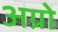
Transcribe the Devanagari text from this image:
अग्रो